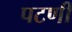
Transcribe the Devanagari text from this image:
पटणी